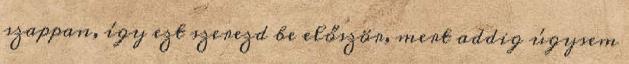
szappan, így ezt szerezd be először, mert addig úgysem